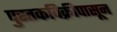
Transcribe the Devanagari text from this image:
पुस्तकविक्रीपासून